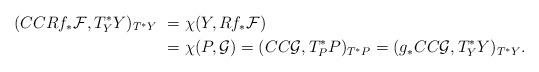
LaTeX: \begin{align*}(CCRf_*{\cal F},T^*_YY)_{T^*Y}&\ =\chi(Y,Rf_*{\cal F})\\&\ =\chi(P,{\cal G})=(CC{\cal G},T^*_PP)_{T^*P}=(g_*CC{\cal G},T^*_YY)_{T^*Y}.\end{align*}